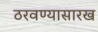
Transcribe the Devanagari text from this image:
ठरवण्यासारख